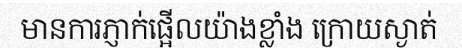
មានការភ្ញាក់ផ្អើលយ៉ាងខ្លាំង ក្រោយស្ងាត់